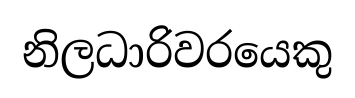
නිලධාරිවරයෙකු